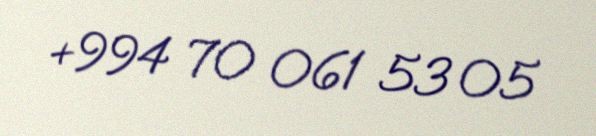
+994 70 061 53 05